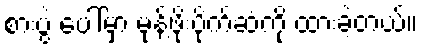
စားပွဲ ပေါ်မှာ မုန့်ဖိုးပိုက်ဆံကို ထားခဲ့တယ်။